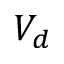
V _ { d }